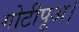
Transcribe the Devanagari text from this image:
गोटीपूअ।